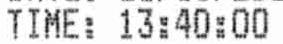
TIME: 13:40:00